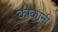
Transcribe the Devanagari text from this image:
कोकानी